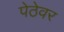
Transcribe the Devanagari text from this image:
पेठेवर